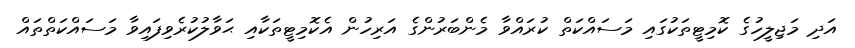
އަދި މަޖިލީހުގެ ކޮމިޓީތަކުގައި މަސައްކަތް ކުރައްވާ މެންބަރުންގެ އަރިހުން އެކޮމިޓީތަކާއި ޙަވާލުކުރެވިފައިވާ މަސައްކަތްތައް